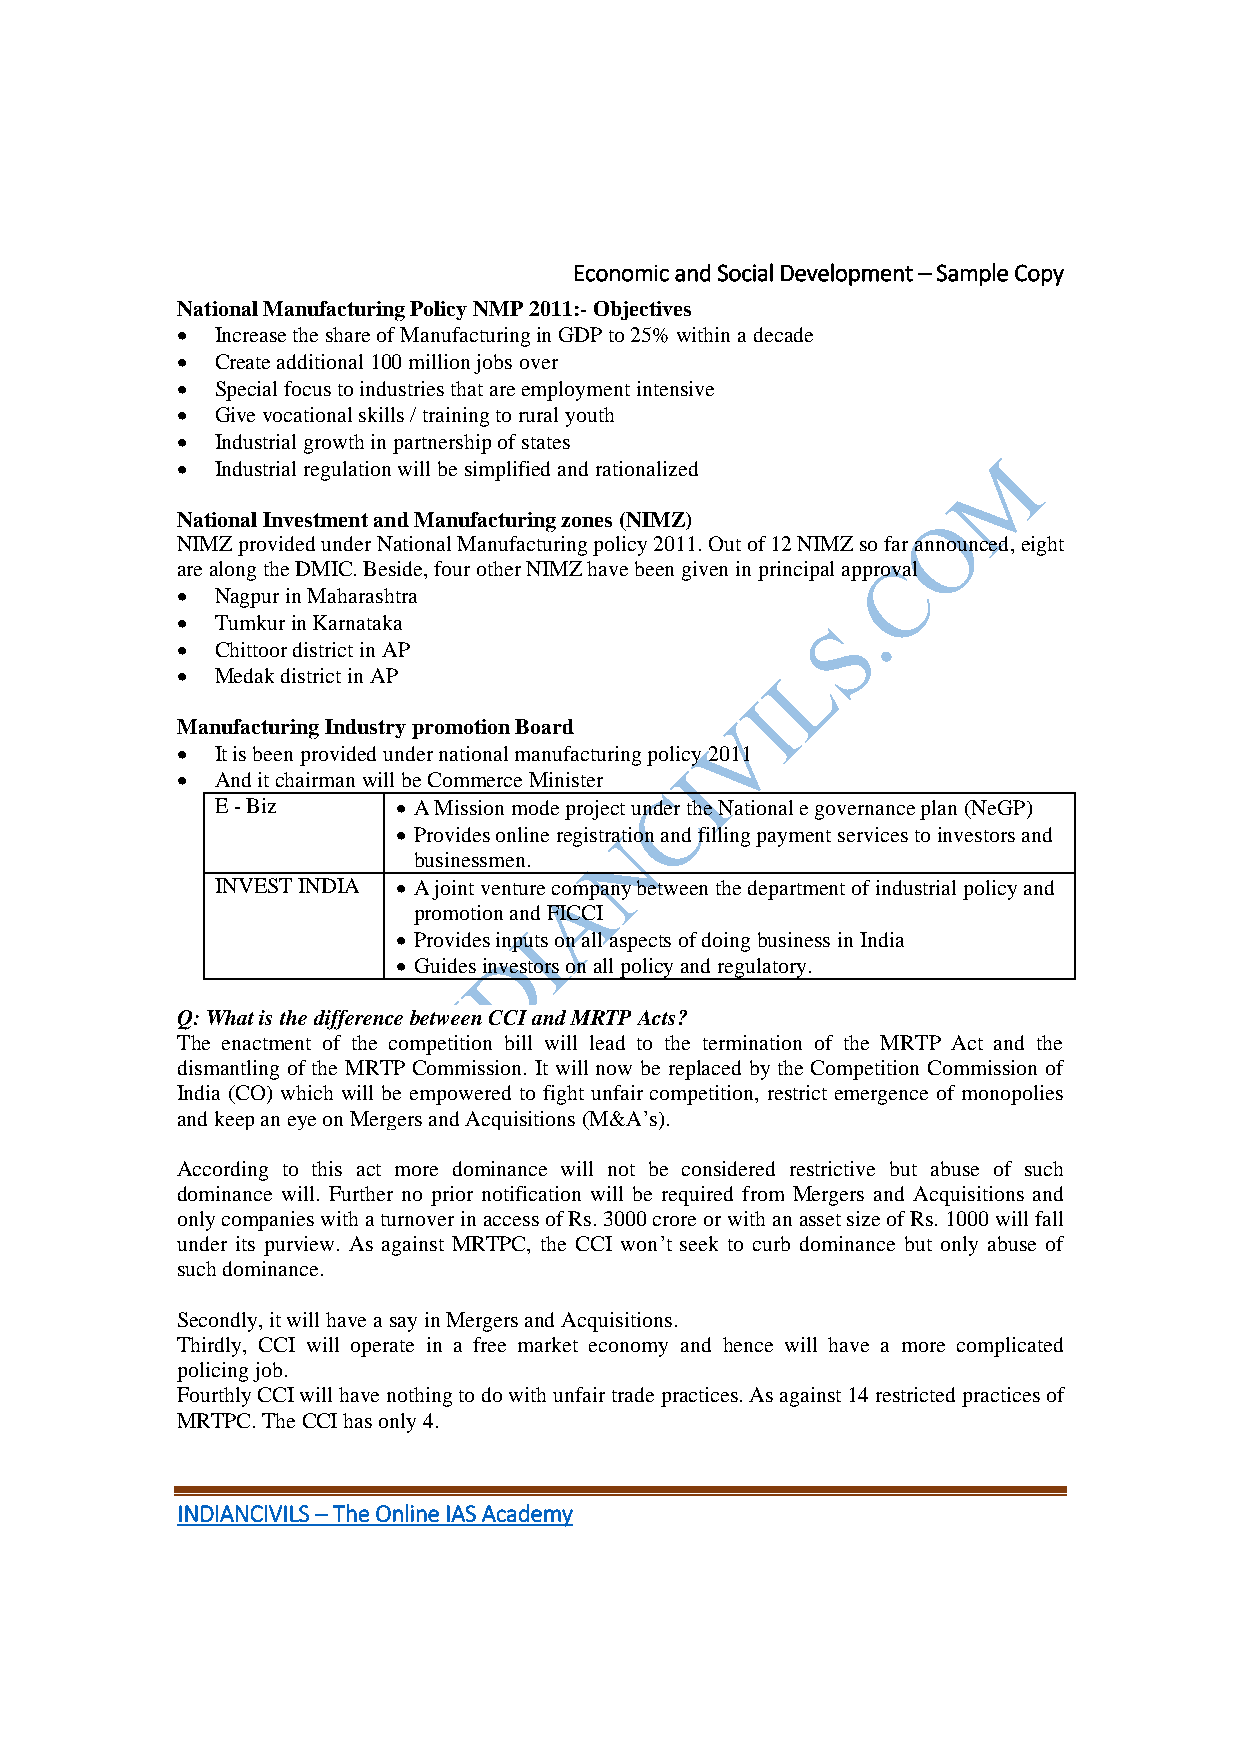
Economic and Social Development – Sample Copy
 National Manufacturing Policy NMP 2011:- Objectives
  Increase the share of Manufacturing in GDP to 25% within a decade
  Create additional 100 million jobs over
  Special focus to industries that are employment intensive
  Give vocational skills / training to rural youth
  Industrial growth in partnership of states
  Industrial regulation will be simplified and rationalized
 National Investment and Manufacturing zones (NIMZ)
 NIMZ provided under National Manufacturing policy 2011. Out of 12 NIMZ so far announced, eight
 are along the DMIC. Beside, four other NIMZ have been given in principal approval
  Nagpur in Maharashtra
  Tumkur in Karnataka
  Chittoor district in AP
  Medak district in AP
 Manufacturing Industry promotion Board
  It is been provided under national manufacturing policy 2011
  And it chairman will be Commerce Minister
 E - Biz      A Mission mode project under the National e governance plan (NeGP)
  Provides online registration and filling payment services to investors and
 businessmen.
 INVEST INDIA  A joint venture company between the department of industrial policy and
 promotion and FICCI
  Provides inputs on all aspects of doing business in India
  Guides investors on all policy and regulatory.
 Q: What is the difference between CCI and MRTP Acts?
 The enactment of the competition bill will lead to the termination of the MRTP Act and the
 dismantling of the MRTP Commission. It will now be replaced by the Competition Commission of
 India (CO) which will be empowered to fight unfair competition, restrict emergence of monopolies
 and keep an eye on Mergers and Acquisitions (M&A’s).
 According to this act more dominance will not be considered restrictive but abuse of such
 dominance will. Further no prior notification will be required from Mergers and Acquisitions and
 only companies with a turnover in access of Rs. 3000 crore or with an asset size of Rs. 1000 will fall
 under its purview. As against MRTPC, the CCI won’t seek to curb dominance but only abuse of
 such dominance.
 Secondly, it will have a say in Mergers and Acquisitions.
 Thirdly, CCI will operate in a free market economy and hence will have a more complicated
 policing job.
 Fourthly CCI will have nothing to do with unfair trade practices. As against 14 restricted practices of
 MRTPC. The CCI has only 4.
 INDIANCIVILS – The Online IAS Academy